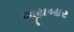
જૂયબાર